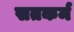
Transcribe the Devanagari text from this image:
सतकर्म